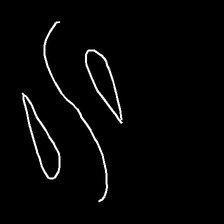
Glyph: water